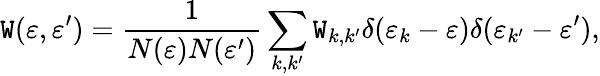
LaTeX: \mathtt{W}(\varepsilon,\varepsilon^{\prime})=\frac{{1}}{{N(\varepsilon)N(\varepsilon^{\prime})}}\sum_{k,k^{\prime}}\mathtt{W}_{k,k^{\prime}}\delta(\varepsilon_{k}-\varepsilon)\delta(\varepsilon_{k^{\prime}}-\varepsilon^{\prime}),